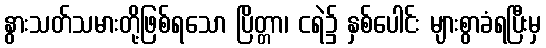
နွားသတ်သမားတို့ဖြစ်ရသော ပြိတ္တာ၊ ငရဲ၌ နှစ်ပေါင်း များစွာခံရပြီးမှ